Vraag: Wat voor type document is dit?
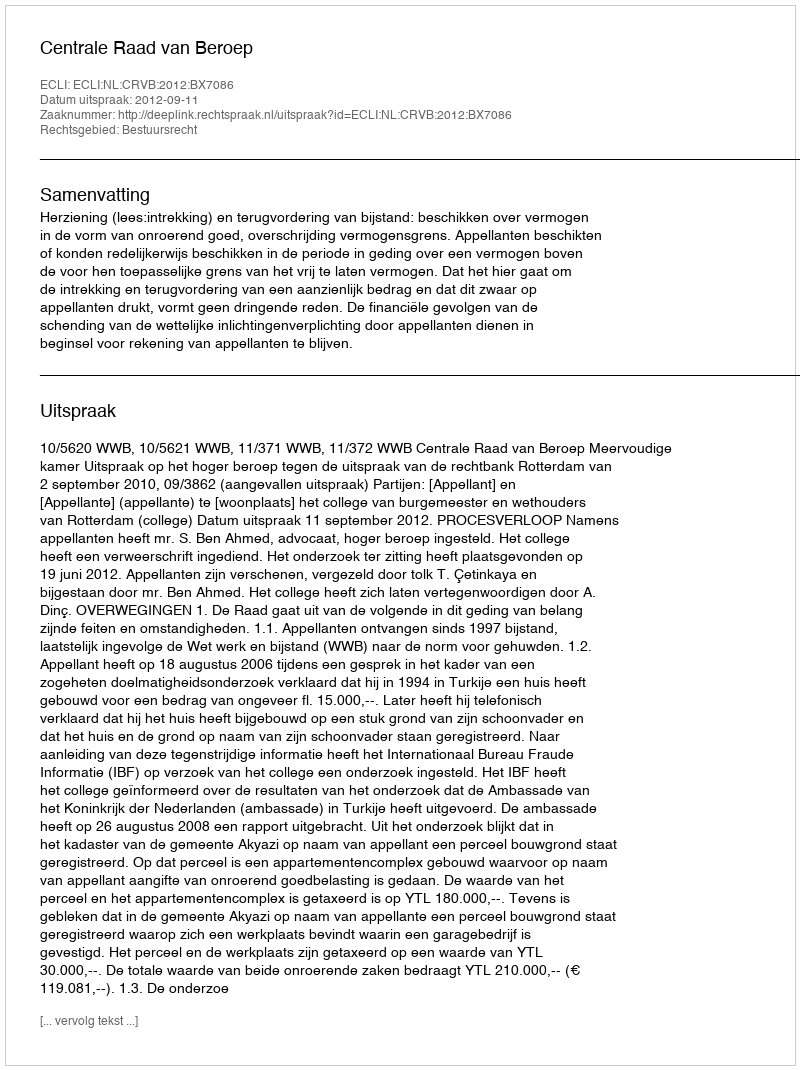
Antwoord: Uitspraak